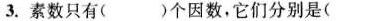
3.素数只有（）个因数，它们分别是（